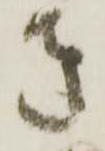
き